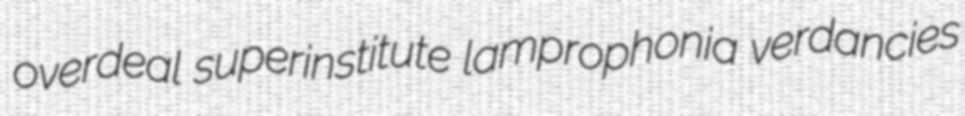
overdeal superinstitute lamprophonia verdancies